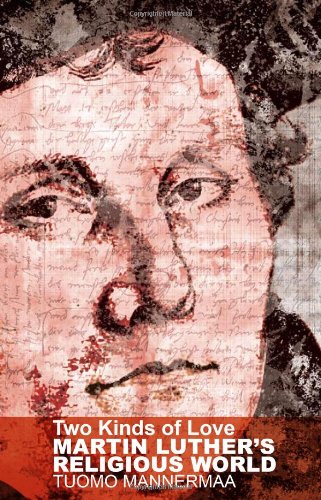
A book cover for Two Kinds of Love: Martin Luther's Religious World; Tuomo Mannermaa; Christian Books & Bibles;